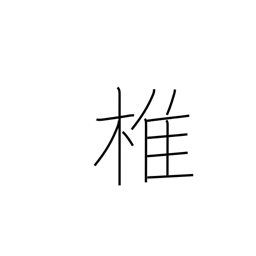
Meaning: spine